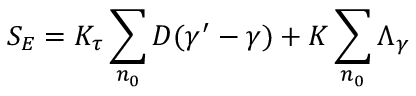
S _ { E } = K _ { \tau } \sum _ { n _ { 0 } } D ( \gamma ^ { \prime } - \gamma ) + K \sum _ { n _ { 0 } } \Lambda _ { \gamma }